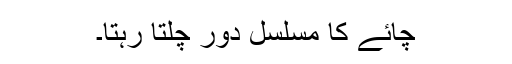
چائے کا مسلسل دور چلتا رہتا۔